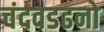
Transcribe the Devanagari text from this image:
चंदवडढनो